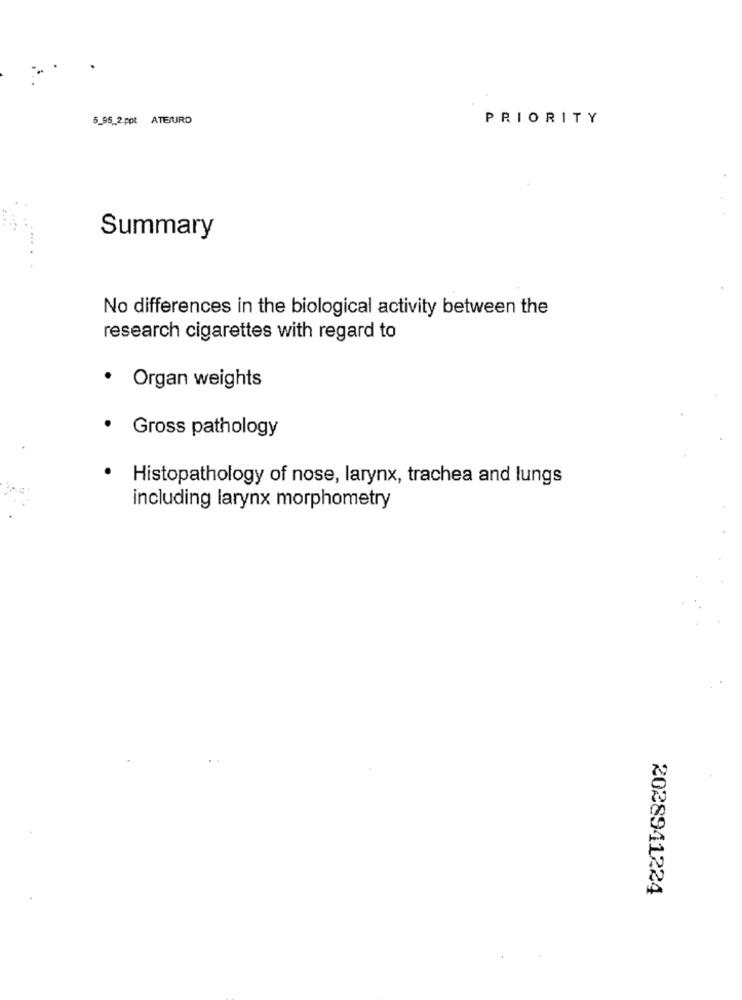
5_95_2 ppt ATEURO
PRIORITY
Summary
No differences in the biological activity between the
research cigarettes with regard to
Organ weights
.
Gross pathology
Histopathology of nose, larynx, trachea and lungs
including larynx morphometry
2028941224